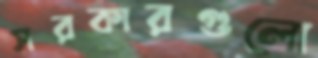
সরকারগুলো